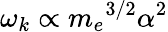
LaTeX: \omega_{k}\propto{m_{e}}^{3/2}\alpha^{2}